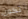
تكون